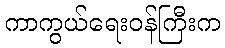
ကာကွယ်ရေးဝန်ကြီးက